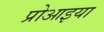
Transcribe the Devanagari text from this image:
प्रोआइया